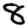
Digit: 8